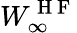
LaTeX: W_{\infty}^{\mathrm{~H~F~}}